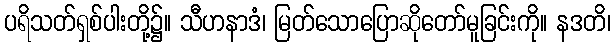
ပရိသတ်ရှစ်ပါးတို့၌။ သီဟနာဒံ၊ မြတ်သောပြောဆိုတော်မူခြင်းကို။ နဒတိ၊